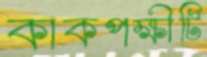
কাকপক্ষীটি